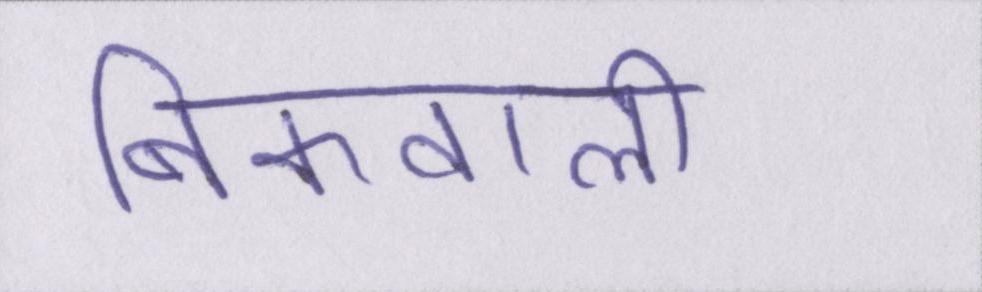
बिकवाली